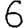
Digit: 6